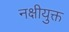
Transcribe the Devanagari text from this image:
नक्षीयुक्त